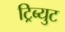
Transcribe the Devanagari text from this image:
ट्रिब्युट